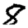
Digit: 8